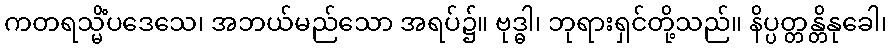
ကတရသ္မိံပဒေသေ၊ အဘယ်မည်သော အရပ်၌။ ဗုဒ္ဓါ၊ ဘုရားရှင်တို့သည်။ နိပ္ပတ္တန္တိနုခေါ၊